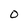
Character: O